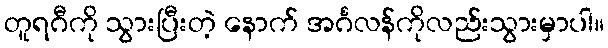
တူရဂီကို သွားပြီးတဲ့ နောက် အင်္ဂလန်ကိုလည်းသွားမှာပါ။